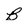
Character: B